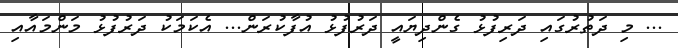
... މި ދަތުރުގައި ދަރިފުޅު ގެންދިޔައީ ދަރުފުޅު އުފާކުރަން... އެކަމަކު ދަރުފުޅު މަންމައާއި